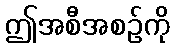
ဤအစီအစဉ်ကို